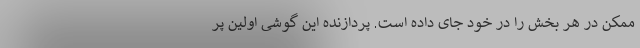
ممکن در هر بخش را در خود جای داده است. پردازنده این گوشی اولین پر